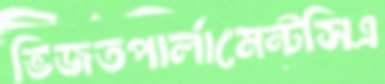
ভিজতপার্লামেন্টসিএ